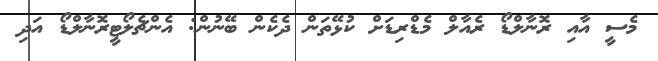
މެސީ އާއި ރޮނާލްޑޯ ރެއާލް މެޑްރިޑަށް ކުޅޭތަން ދެކެން ބޭނުން: އެންޗެލޯޓީރޮނާލްޑޯ އަދި